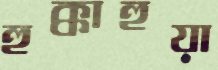
হুক্কাহুয়া